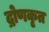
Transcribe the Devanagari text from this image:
द्रोणकृत